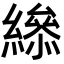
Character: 𦅒